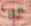
مع